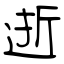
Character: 逝